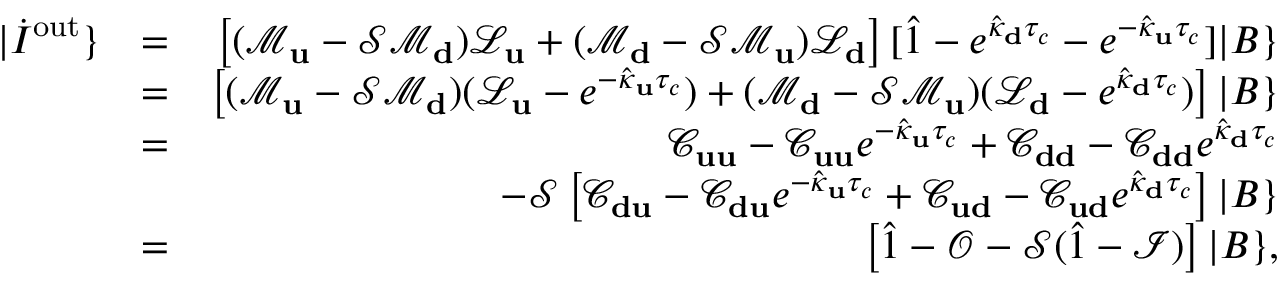
\begin{array} { r l r } { | \dot { I } ^ { \mathrm { o u t } } \} } & { = } & { \left[ ( \mathcal { M } _ { \bf u } - \mathcal { S } \mathcal { M } _ { \bf d } ) \mathcal { L } _ { \bf u } + ( \mathcal { M } _ { \bf d } - \mathcal { S } \mathcal { M } _ { \bf u } ) \mathcal { L } _ { \bf d } \right] [ \hat { 1 } - e ^ { \hat { \kappa } _ { \bf d } \tau _ { c } } - e ^ { - \hat { \kappa } _ { \bf u } \tau _ { c } } ] | B \} } \\ & { = } & { \left[ ( \mathcal { M } _ { \bf u } - \mathcal { S } \mathcal { M } _ { \bf d } ) ( \mathcal { L } _ { \bf u } - e ^ { - \hat { \kappa } _ { \bf u } \tau _ { c } } ) + ( \mathcal { M } _ { \bf d } - \mathcal { S } \mathcal { M } _ { \bf u } ) ( \mathcal { L } _ { \bf d } - e ^ { \hat { \kappa } _ { \bf d } \tau _ { c } } ) \right] | B \} } \\ & { = } & { \mathcal { C } _ { \bf u u } - \mathcal { C } _ { \bf u u } e ^ { - \hat { \kappa } _ { \bf u } \tau _ { c } } + \mathcal { C } _ { \bf d d } - \mathcal { C } _ { \bf d d } e ^ { \hat { \kappa } _ { \bf d } \tau _ { c } } } \\ & { } & { - \mathcal { S } \left[ \mathcal { C } _ { \bf d u } - \mathcal { C } _ { \bf d u } e ^ { - \hat { \kappa } _ { \bf u } \tau _ { c } } + \mathcal { C } _ { \bf u d } - \mathcal { C } _ { \bf u d } e ^ { \hat { \kappa } _ { \bf d } \tau _ { c } } \right] | B \} } \\ & { = } & { \left[ \hat { 1 } - \mathcal { O } - \mathcal { S } ( \hat { 1 } - \mathcal { I } ) \right] | B \} , } \end{array}